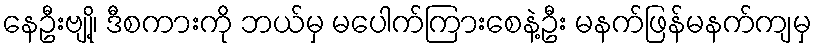
နေဦးဗျို့၊ ဒီစကားကို ဘယ်မှ မပေါက်ကြားစေနဲ့ဦး မနက်ဖြန်မနက်ကျမှ